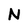
Character: N